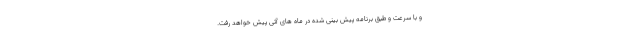
و با سرعت و طبق برنامه پیش بینی شده در ماه های آتی پیش خواهد رفت.